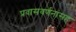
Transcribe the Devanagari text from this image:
प्रवासवर्णनांसह